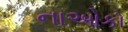
નાઓકો